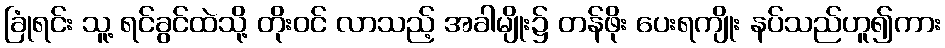
ခြုံရင်း သူ့ ရင်ခွင်ထဲသို့ တိုးဝင် လာသည့် အခါမျိုး၌ တန်ဖိုး ပေးရကျိုး နပ်သည်ဟူ၍ကား